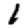
Digit: 1